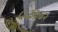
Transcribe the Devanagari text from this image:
५६३३७२